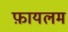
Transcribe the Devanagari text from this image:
फ़ायलम